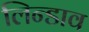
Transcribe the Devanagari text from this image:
लिन्डाव